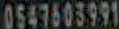
0547603991